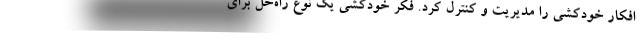
افکار خودکشی را مدیریت و کنترل کرد. فکر خودکشی یک نوع راه‌حل برای